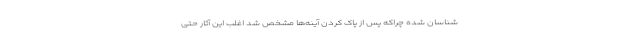
‌شناسان شده چراکه پس از پاک کردن آینه‌ها مشخص شد اغلب این آثار حتی